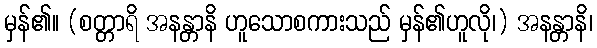
မှန်၏။ (စတ္တာရိ အနန္တာနိ ဟူသောစကားသည် မှန်၏ဟူလို၊) အနန္တာနိ၊